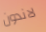
لاندون